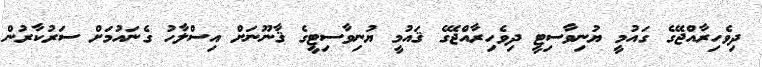
ދިވެހިރާއްޖޭގެ ގައުމީ ޔުނިވާސިޓީ ދިވެހިރާއްޖޭގެ ޤައުމީ ޔުނިވާސިޓީގެ ޤާނޫނަށް އިސްލާހު ގެނައުމަށް ސަރުކާރުން